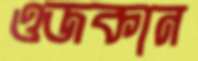
ওজকান